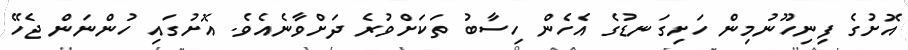
އޮށުގެ ފިނިހޫނުމިން ހަށިގަނޑުގެ އެހެން ހިސާބު ތަކަށްވުރެ ދަށްވާނެއެވެ. އޮށުގައި ހުންނަން ޖެހޭ